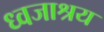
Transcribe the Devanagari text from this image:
ध्वजाश्रय